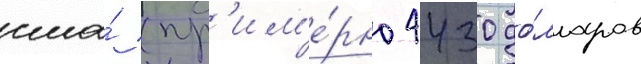
сша́ (пр'им'е́рно 4430 до́лларов